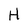
Character: H